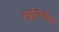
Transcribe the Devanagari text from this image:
सईनपोस्ट